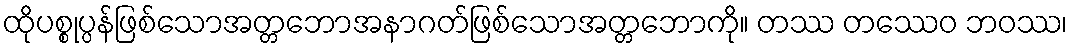
ထိုပစ္စုပ္ပန်ဖြစ်သောအတ္တဘောအနာဂတ်ဖြစ်သောအတ္တဘောကို။ တဿ တဿေဝ ဘဝဿ၊